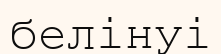
белінуі